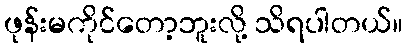
ဖုန်းမကိုင်တော့ဘူးလို့ သိရပါတယ်။